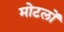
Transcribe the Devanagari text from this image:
मोटलों